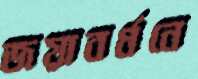
জয়াবর্ধনে